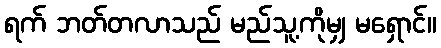
ရက် ဘတ်တလာသည် မည်သူ့ကိုမျှ မရှောင်။